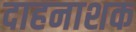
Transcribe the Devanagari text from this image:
दाहनाशक